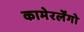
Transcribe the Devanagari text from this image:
कामेरर्लेंगो